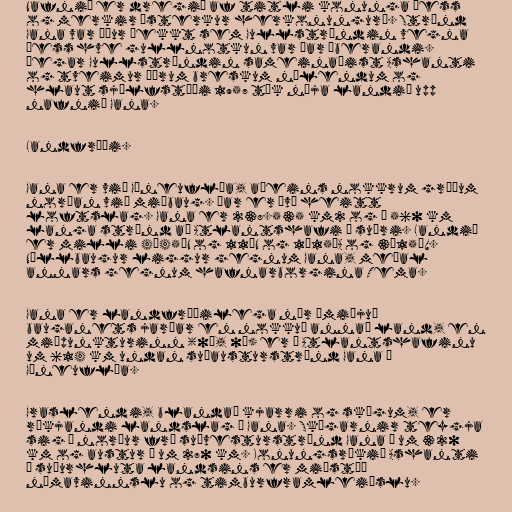
Nafnið er dregið af titli konunga þess
og merkir „sterkur herkonungur“. Strönd
Gana var áður þekkt sem Gullströndin vegna
þess hve gullnotkun var þar áberandi.
Þegar Gullströndin sameinaðist Ashanti
og tveimur öðrum breskum nýlendum og
hlaut sjálfstæði 1957 tók nýja landið upp
nafnið Gana.

Landfræði.

Gana er við Gíneuflóa, aðeins nokkrum gráðum
norðan við miðbaug. Þar er því heitt
loftslag. Gana er 238.535 km2 og á 560 km
langa strönd að Atlantshafi í suðri. Landið
er milli 4˚45'N og 11˚N og 1˚15'A og 3˚15'V.
Núllbaugur liggur gegnum Gana, meðal
annars gegnum hafnarborgina Tema.

Gana er landfræðilega nær „miðju“
bauganets jarðar en nokkuð annað land, en
miðpunkturinn (0˚, 0˚) er í Atlantshafinu
um 614 km undan suðausturströnd Gana í
Gíneuflóa.

Graslendi, blandað kjarri og skógum, er
ríkjandi landslag í Gana. Skógarnir teygja
sig í norður frá suðvesturströnd Gana í um 320
km og austur í um 270 km. Konungsríkið Ashanti
í suðurhluta landsins er miðstöð
námavinnslu og timburframleiðslu.